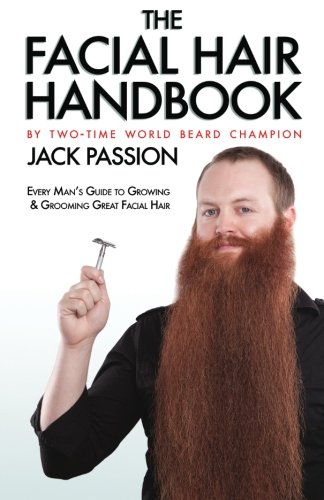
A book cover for The Facial Hair Handbook; Jack Passion; Health, Fitness & Dieting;